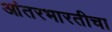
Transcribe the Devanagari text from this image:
आंतरभारतीचा